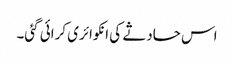
اس حادثے کی انکوائری کرائی گئی۔